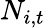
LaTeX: N_{i,t}